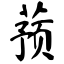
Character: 蓣